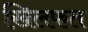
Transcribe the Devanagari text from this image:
खिलफत